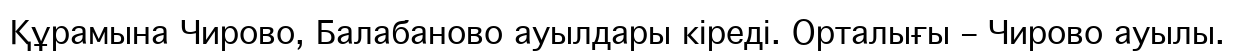
Құрамына Чирово, Балабаново ауылдары кіреді. Орталығы – Чирово ауылы.